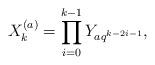
LaTeX: \begin{align*}X_{k}^{(a)}=\prod_{i=0}^{k-1} Y_{aq^{k-2i-1}},\end{align*}